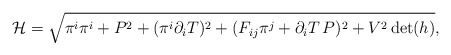
\begin{align*}{\cal H}=\sqrt{ \pi^i\pi^i +P^2+(\pi^i\partial_i T)^2 + (F_{ij}\pi^j+\partial_i T\, P)^2 +V^2\det(h)} ,\end{align*}